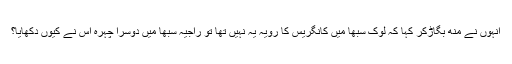
انہوں نے منھ بگاڑکر کہا کہ لوک سبھا میں کانگریس کا رویہ یہ نہیں تھا تو راجیہ سبھا میں دوسرا چہرہ اس نے کیوں دکھایا؟